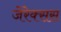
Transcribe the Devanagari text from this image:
जेरेक्सस